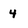
Character: 4